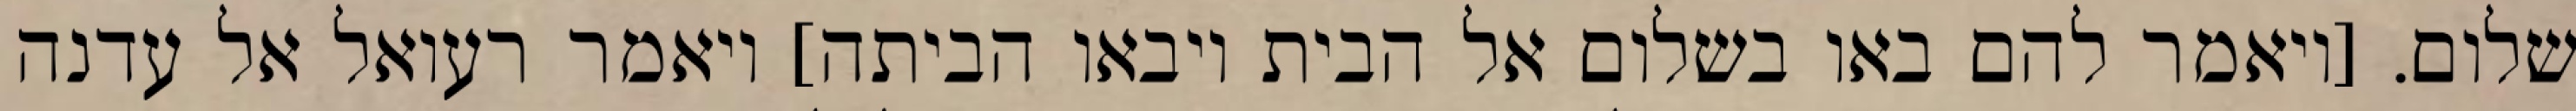
שלום. [ויאמר להם באו בשלום אל הבית ויבאו הביתה] ויאמר רעואל אל עדנה